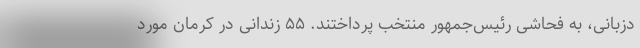
دزبانی، به فحاشی رئیس‌جمهور منتخب پرداختند. ۵۵ زندانی در کرمان مورد